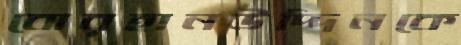
বোরহানউদ্দিনকে